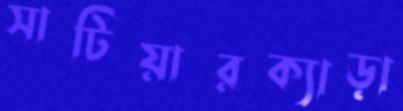
সাটিয়ারক্যাড়া